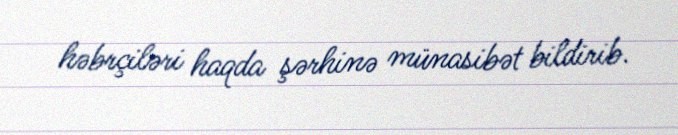
həbrçiləri haqda şərhinə münasibət bildirib.